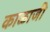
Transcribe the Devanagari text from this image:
काळाजी